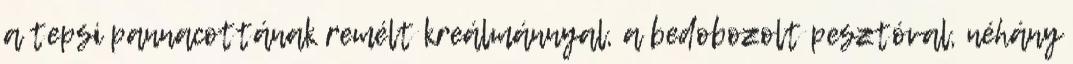
a tepsi pannacottának remélt kreálmánnyal, a bedobozolt pesztóval, néhány